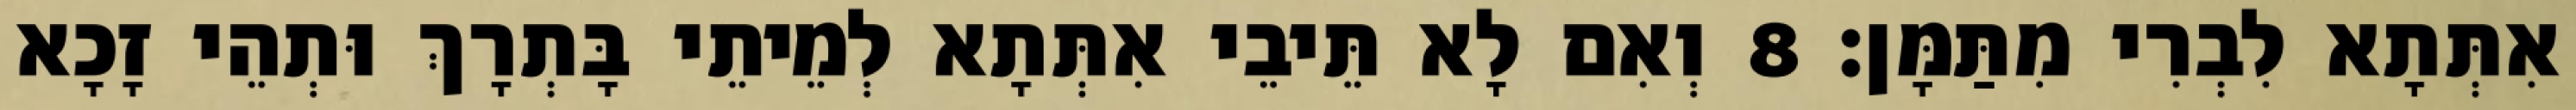
אִתְּתָא לִבְרִי מִתַּמָּן׃ 8 וְאִם לָא תֵּיבֵי אִתְּתָא לְמֵיתֵי בָּתְרָךְ וּתְהֵי זָכָא